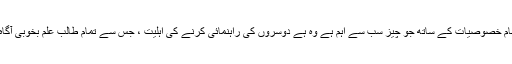
ان تمام خصوصیات کے ساتھ جو چیز سب سے اہم ہے وہ ہے دوسروں کی راہنمائی کرنے کی اہلیت ، جس سے تمام طالب علم بخوبی آگاہ ہیں۔